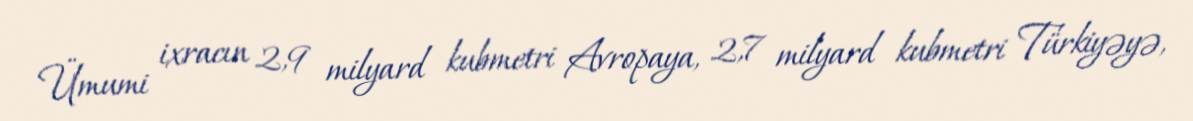
Ümumi ixracın 2,9 milyard kubmetri Avropaya, 2,7 milyard kubmetri Türkiyəyə,